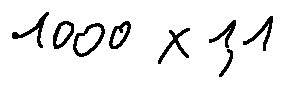
1 0 0 0 \times 1 , 1